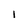
Character: l